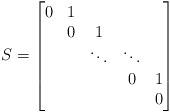
LaTeX: \begin{align*}S=\begin{bmatrix}0 & 1 & & & \\ & 0 & 1 & & \\ & & \ddots & \ddots & \\ & & & 0 & 1 \\ & & & & 0\end{bmatrix}\end{align*}